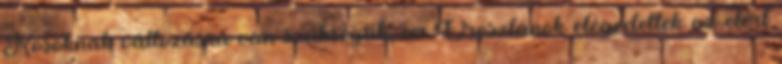
Kosoknak változásra van szükségük, az Oroszlánok elégedettek az elért